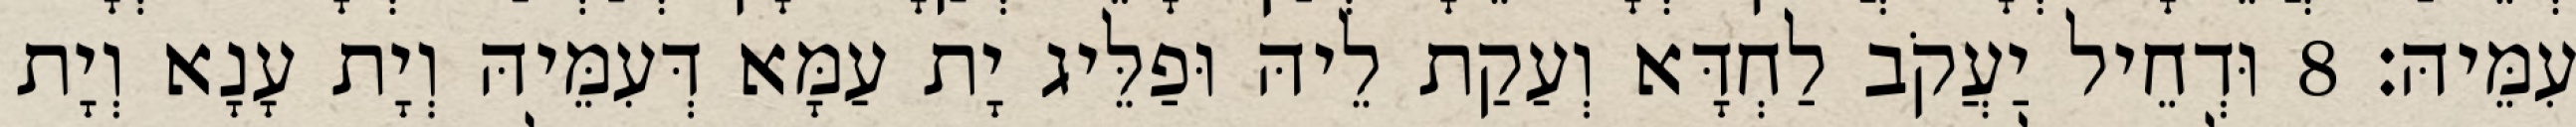
עִמֵּיהּ׃ 8 וּדְחֵיל יַעֲקֹב לַחְדָּא וְעַקַת לֵיהּ וּפַלֵּיג יָת עַמָּא דְּעִמֵּיהּ וְיָת עָנָא וְיָת